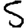
Digit: 5